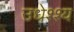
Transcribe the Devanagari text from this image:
उधेश्श्य